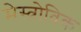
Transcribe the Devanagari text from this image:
मेस्त्रोविक